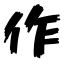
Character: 作